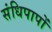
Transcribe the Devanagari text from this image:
संधिपापों